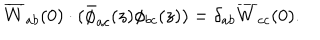
\overline { { { W } } } _ { a b } ( 0 ) \cdot ( \bar { \phi } _ { a c } ( z ) \phi _ { b c } ( z ) ) = \delta _ { a b } \overline { { { W } } } _ { c c } ( 0 ) .